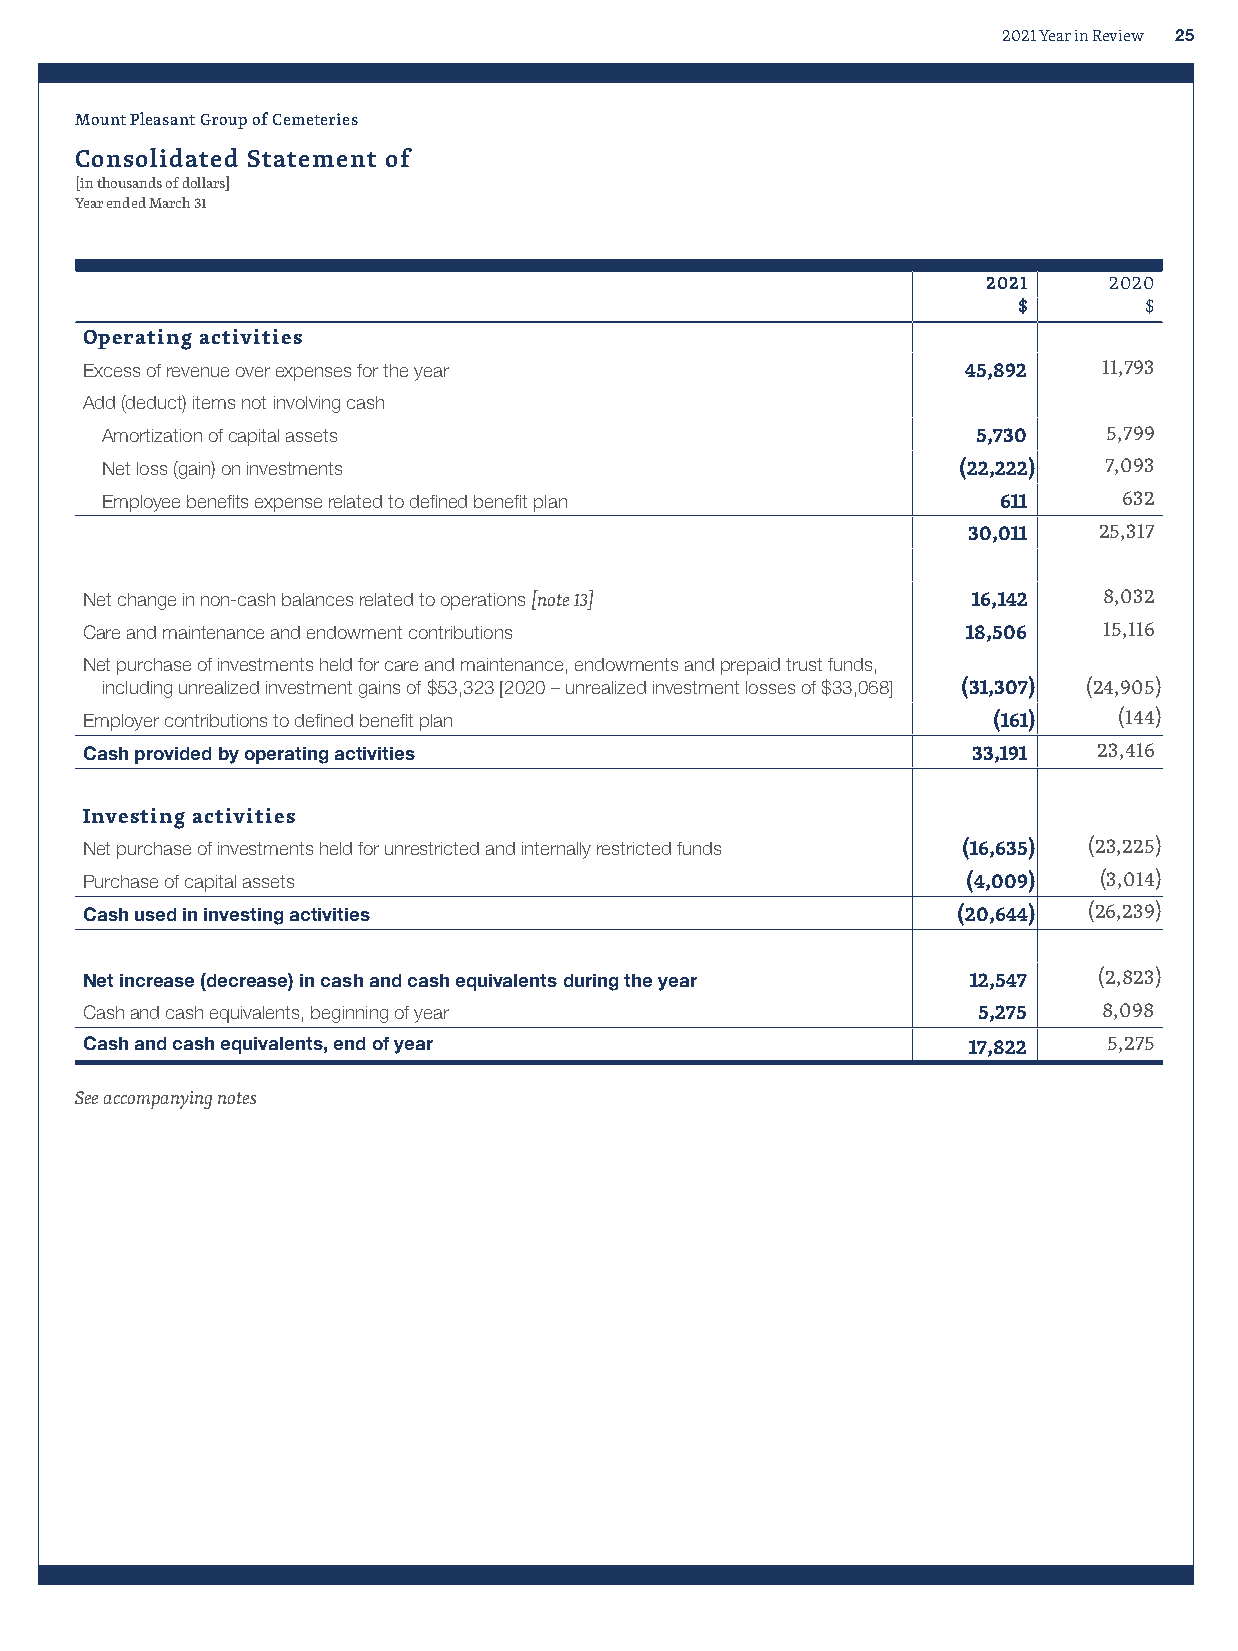
2021 Year in Review 25
 Mount Pleasant Group of Cemeteries
 Consolidated Statement of
 [in thousands of dollars]
 Year ended March 31
 2021    2020
 $        $
 Operating activities
 Excess of revenue over expenses for the year              45,892   11,793
 Add (deduct) items not involving cash
 Amortization of capital assets                            5,730   5,799
 Net loss (gain) on investments                           (22,222) 7,093
 Employee benefits expense related to defined benefit plan  611     632
 30,011   25,317
 Net change in non-cash balances related to operations [note 13] 16,142 8,032
 Care and maintenance and endowment contributions          18,506   15,116
 Net purchase of investments held for care and maintenance, endowments and prepaid trust funds,
 including unrealized investment gains of $53,323 [2020 – unrealized investment losses of $33,068] (31,307) (24,905)
 Employer contributions to defined benefit plan              (161)   (144)
 Cash provided by operating activities                     33,191   23,416
 Investing activities
 Net purchase of investments held for unrestricted and internally restricted funds (16,635) (23,225)
 Purchase of capital assets                                (4,009)  (3,014)
 Cash used in investing activities                        (20,644) (26,239)
 Net increase (decrease) in cash and cash equivalents during the year 12,547 (2,823)
 Cash and cash equivalents, beginning of year               5,275   8,098
 Cash and cash equivalents, end of year                    17,822   5,275
 See accompanying notes